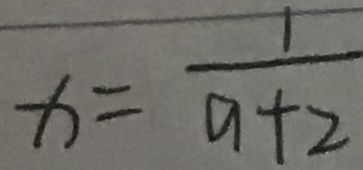
x = \frac { 1 } { a + 2 }